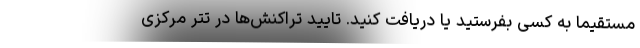
مستقیما به کسی بفرستید یا دریافت کنید. تایید تراکنش‌ها در تتر مرکزی